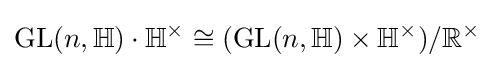
\operatorname {GL} (n,\mathbb {H} )\cdot \mathbb {H} ^{\times }\cong (\operatorname {GL} (n,\mathbb {H} )\times \mathbb {H} ^{\times })/\mathbb {R} ^{\times }